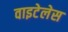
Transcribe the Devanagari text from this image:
वाइटेलेस